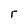
Character: r